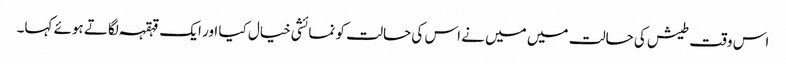
اس وقت طیش کی حالت میں میں نے اس کی حالت کو نمائشی خیال کیا اور ایک قہقہہ لگاتے ہوئے کہا۔